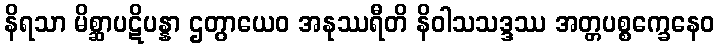
နိရသာ မိစ္ဆာပဋိပန္နာ ဌတွာယေဝ အနုဿရီတိ နိဝါသသဒ္ဒဿ အတ္တပစ္စက္ခေနေဝ